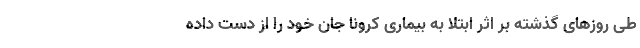
طی روزهای گذشته بر اثر ابتلا به بیماری کرونا جان خود را از دست داده